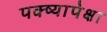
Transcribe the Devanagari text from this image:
पक्ष्यापेक्षा